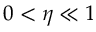
0 < \eta \ll 1